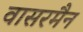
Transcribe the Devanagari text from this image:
वासरमैन